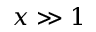
x \gg 1